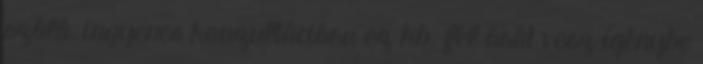
szóló, ingyenes konzultációra ez kb. fél órát vesz igénybe